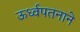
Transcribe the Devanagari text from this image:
ऊर्ध्वपतनाने